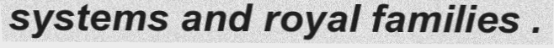
systems and royal families .